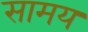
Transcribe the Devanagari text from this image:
सामय